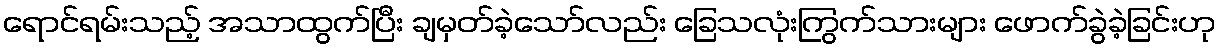
ရောင်ရမ်းသည့် အသာထွက်ပြီး ချမှတ်ခဲ့သော်လည်း ခြေသလုံးကြွက်သားများ ဖောက်ခွဲခဲ့ခြင်းဟု